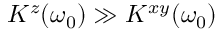
K ^ { z } ( \omega _ { 0 } ) \gg K ^ { x y } ( \omega _ { 0 } )